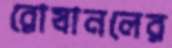
রোষানলের